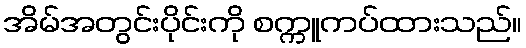
အိမ်အတွင်းပိုင်းကို စက္ကူကပ်ထားသည်။